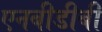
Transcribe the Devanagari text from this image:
एनबीडीबी